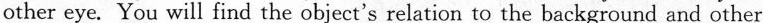
other eye. You will find the object's relation to the background and other